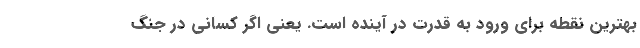
بهترین نقطه برای ورود به قدرت در آینده است. یعنی اگر کسانی در جنگ